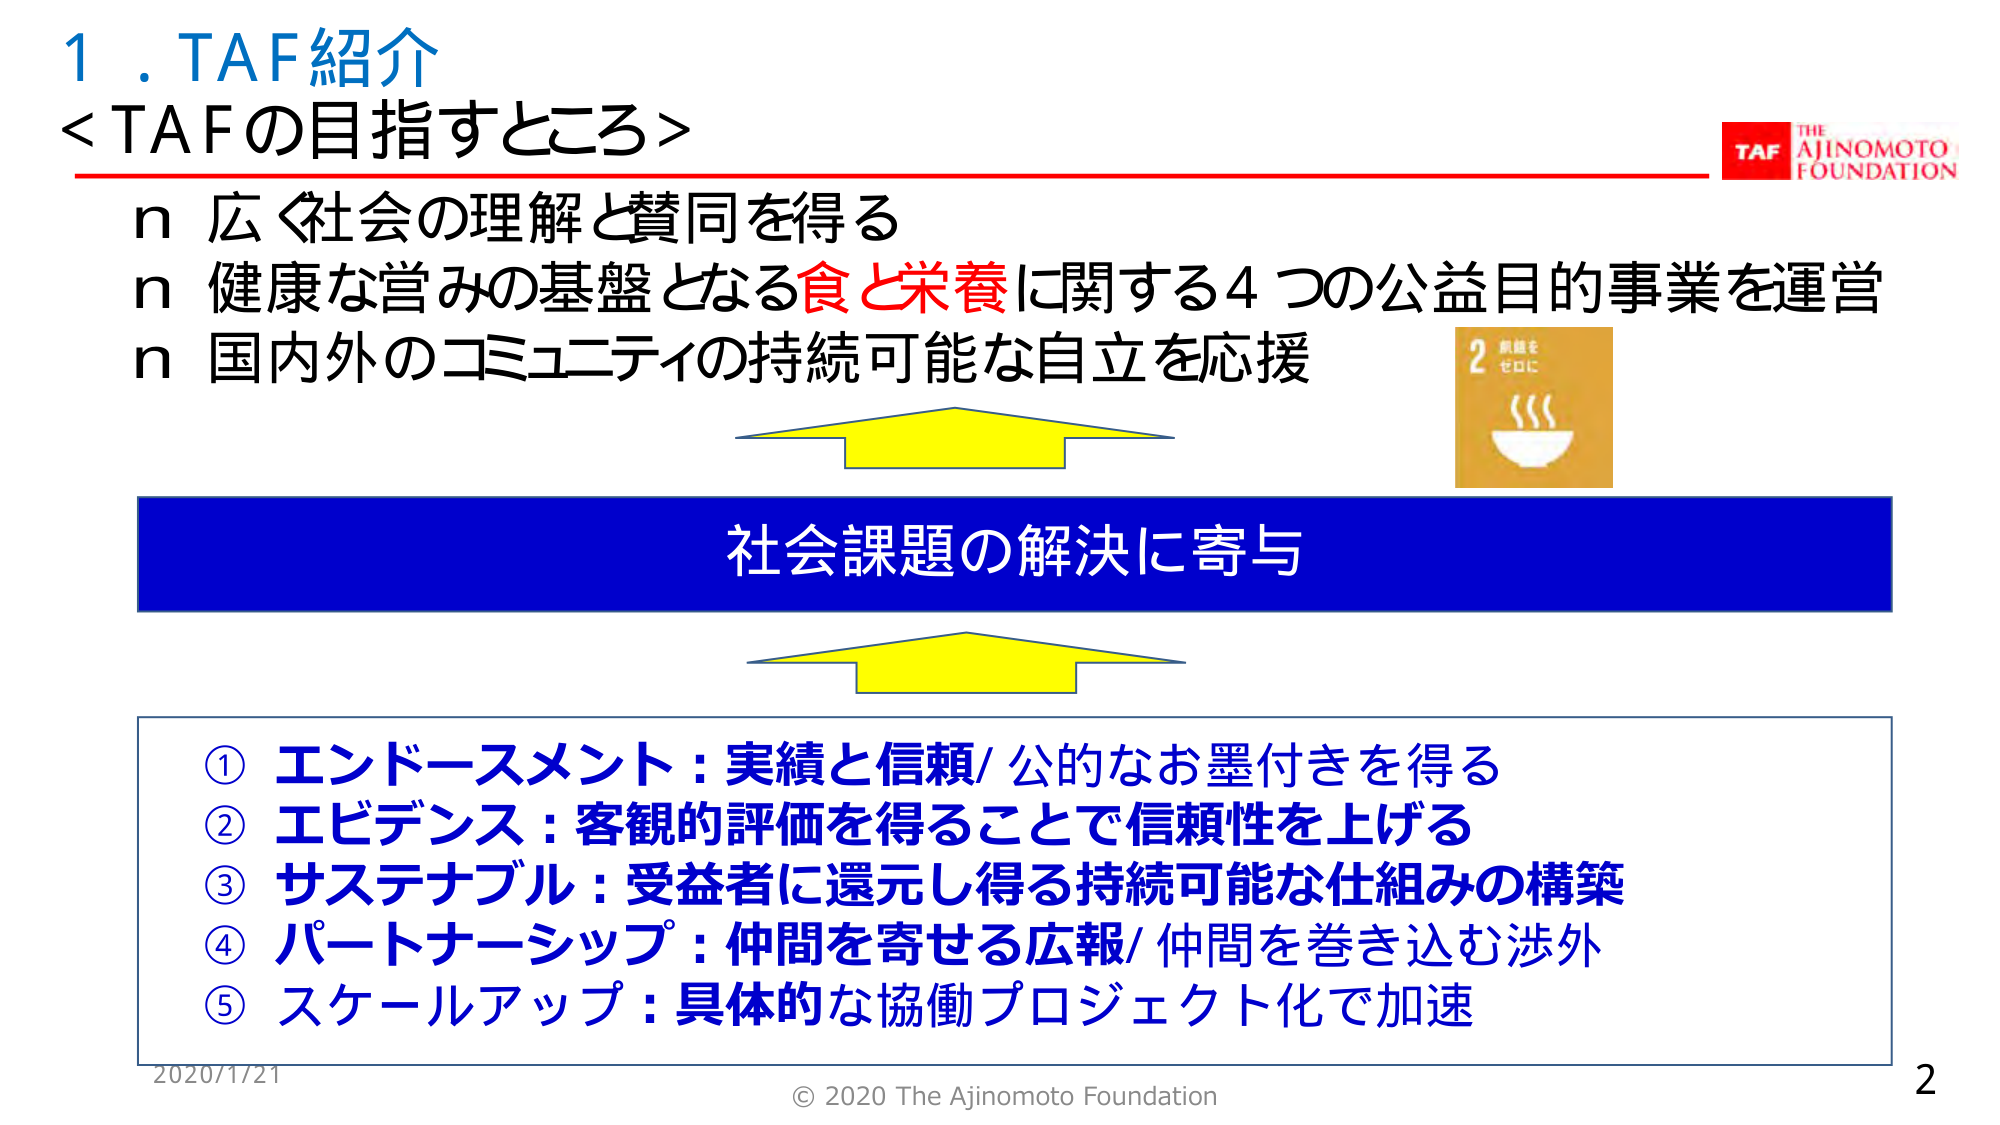
1. TAF紹介
<TAFの目指すところ>

n 広く社会の理解と賛同を得る
n 健康な営みの基盤となる食と栄養に関する4つの公益目的事業を運営
n 国内外のコミュニティの持続可能な自立を応援

社会課題の解決に寄与

① エンドースメント：実績と信頼/公的なお墨付きを得る
② エビデンス：客観的評価を得ることで信頼性を上げる
③ サステナブル：受益者に還元し得る持続可能な仕組みの構築
④ パートナーシップ：仲間を寄せる広報/仲間を巻き込む渉外
⑤ スケールアップ：具体的な協働プロジェクト化で加速

2020/1/21
© 2020 The Ajinomoto Foundation
2

TAF
THE AJINOMOTO FOUNDATION
2
飢餓を
ゼロに